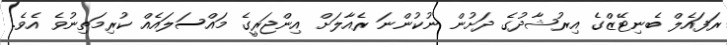
ރަފައެލް ބެނިޓޭޒްގެ އިރުޝާދުގެ ދަށުން ނުކުންނަ ރެއާލަށް އިންޖަރީގެ މައްސަލައެއް ކުރިމަތިނުވެ އެވެ.